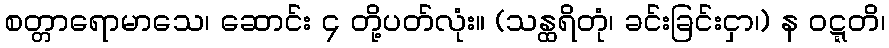
စတ္တာရောမာသေ၊ ဆောင်း ၄ တို့ပတ်လုံး။ (သန္ထရိတုံ၊ ခင်းခြင်းငှာ၊) န ဝဋ္ဋတိ၊